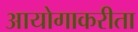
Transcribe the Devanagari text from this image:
आयोगाकरीता